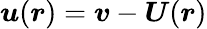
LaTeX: \boldsymbol{u}(\boldsymbol{r})=\boldsymbol{v}-\boldsymbol{U}(\boldsymbol{r})